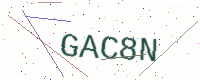
Text: GAC8N